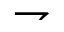
\rightharpoondown